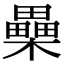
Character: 櫐